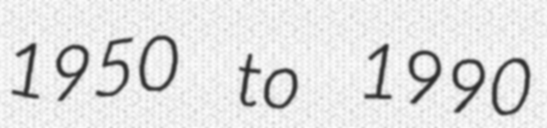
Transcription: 1950 to 1990